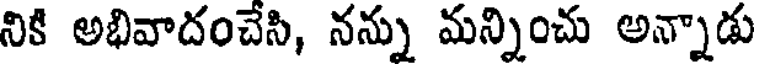
నికి అభివాదంచేసి, నన్ను మన్నించు అన్నాడు